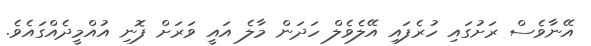
އޭނާވެސް ރަށުގައި ހުރެފައި އޭލެވެލް ހަދަން މާލެ އައީ ވަރަށް ފޮނި އުއްމީދެއްގައެވެ.